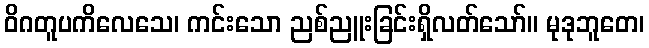
ဝိဂတူပကိလေသေ၊ ကင်းသော ညစ်ညူးခြင်းရှိလတ်သော်။ မုဒုဘူတေ၊